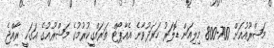
މަޝްރޫއުއަށް 700-800 މިލިއަން ޑޮލަރު ހަރަދުވާނެ އެއާޕޯޓް ތަރައްގީކުރުމުގެ މަޝްރޫއުގެ އަގަކީ ރާއްޖެ